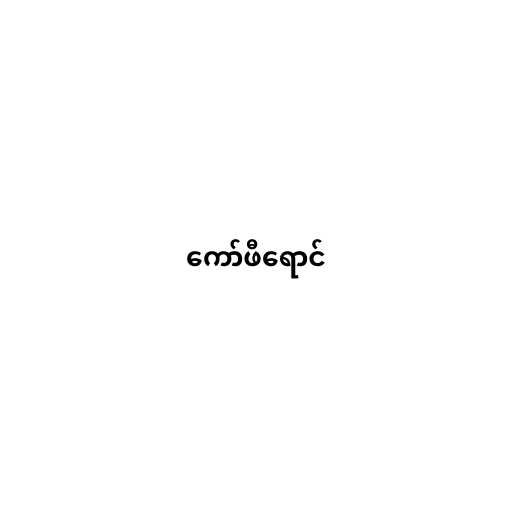
ကော်ဖီရောင်